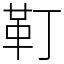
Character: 靪